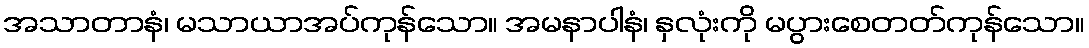
အသာတာနံ၊ မသာယာအပ်ကုန်သော။ အမနာပါနံ၊ နှလုံးကို မပွားစေတတ်ကုန်သော။